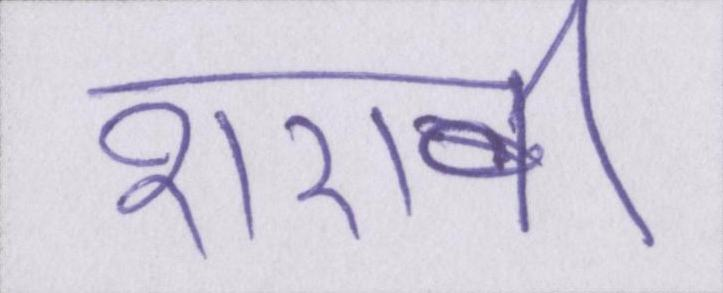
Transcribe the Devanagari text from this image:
शराबी